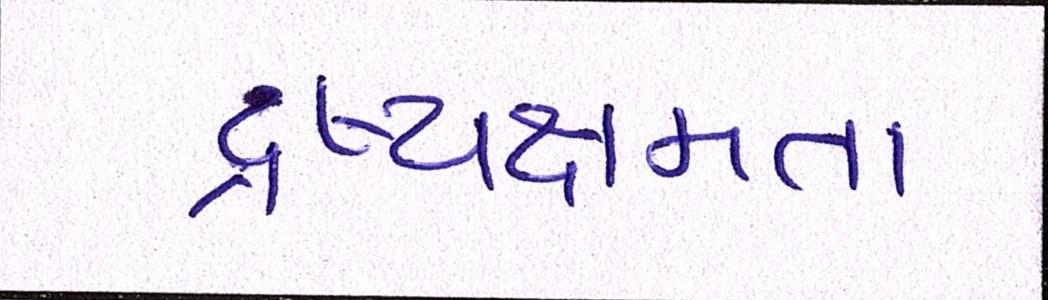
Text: દ્રષ્યક્ષમતા